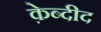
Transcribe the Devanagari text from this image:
क़ेब्दीद